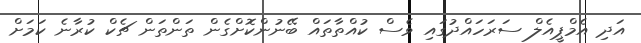
އަދި އެމްޕީއެލް ސަރަހައްދުގައި ވެސް ކުއްތާތައް ބޭނުންކޮށްގެން ތަންތަން ޗެކް ކުރާނެ ކަމަށް